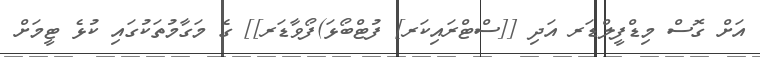
އަށް ގޮސް މިޑްފީލްޑަރ އަދި [[ސްޓްރައިކަރ] ފުޓްބޯޅަ)ފޯވާޑަރ]] ގެ މަގާމުތަކުގައި ކުޅެ ޓީމަށް